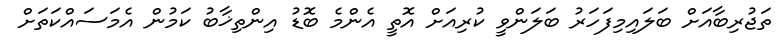
ތަޖުރިބާއަށް ބަލައިމިފަހަރު ބަލަންވީ ކުރިއަށް އޮތީ އެންމެ ބޮޑު އިންތިޚާބު ކަމުން އެމަސައްކަތަށް